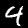
Label: 4